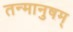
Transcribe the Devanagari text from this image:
तन्मानुषम्